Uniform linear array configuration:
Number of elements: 32
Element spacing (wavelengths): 1
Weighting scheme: cosine
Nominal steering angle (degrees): -15
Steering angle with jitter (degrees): -15.077
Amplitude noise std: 0.05
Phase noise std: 0.05

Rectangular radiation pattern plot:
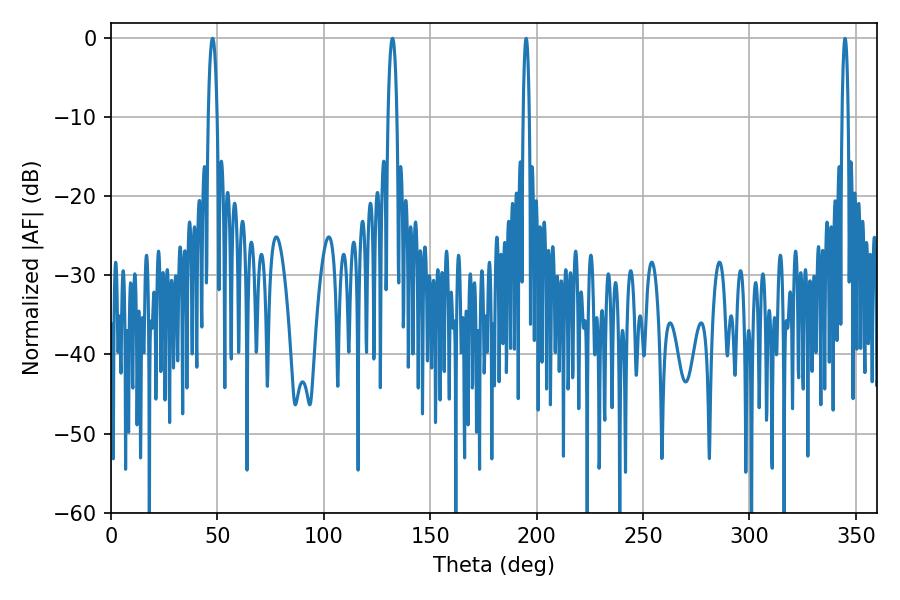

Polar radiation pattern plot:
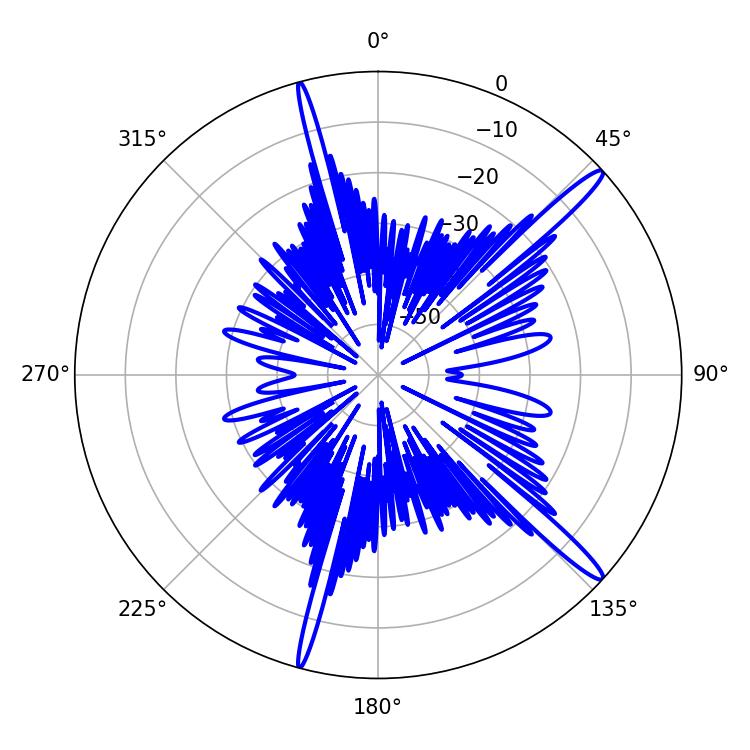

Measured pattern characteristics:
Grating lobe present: TRUE
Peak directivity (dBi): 15.793
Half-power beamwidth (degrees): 2.34
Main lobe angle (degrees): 47.7